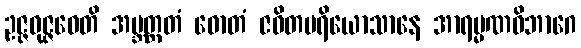
ဥဇ္ဇဝုဇ္ဇဝေတိ အဗ္ဘတ္ထတံ ဓောတံ ဇဝိတပရိယောသာနေ အာရမ္မဏဝိဘာဂေ